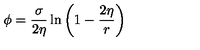
\phi = \frac { \sigma } { 2 \eta } \ln \left( 1 - \frac { 2 \eta } { r } \right)